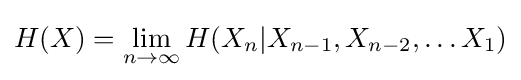
H(X)=\lim _{n\to \infty }H(X_{n}|X_{n-1},X_{n-2},\dots X_{1})